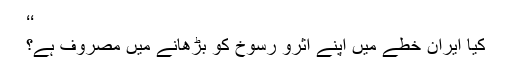
‘‘
کیا ایران خطے میں اپنے اثرو رسوخ کو بڑھانے میں مصروف ہے؟